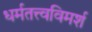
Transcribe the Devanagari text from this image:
धर्मतत्त्वविमर्श